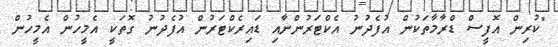
"ކުރިން އޮފީސް ޑްރާމާތަކުން އުފެދުނު އެކްޓަރުންނާއި ޑައިރެކްޓަރުން އުފެދުނު ގޮތަކީ އެމީހުން އެމީހުން